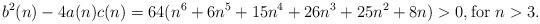
LaTeX: \begin{align*}b^2(n)-4a(n)c(n)=64(n^6+6n^5+15n^4+26n^3+25n^2+8n)>0, \mbox{for $n>3$.}\end{align*}